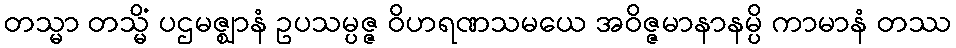
တသ္မာ တသ္မိံ ပဌမဇ္ဈာနံ ဥပသမ္ပဇ္ဇ ဝိဟရဏသမယေ အဝိဇ္ဇမာနာနမ္ပိ ကာမာနံ တဿ